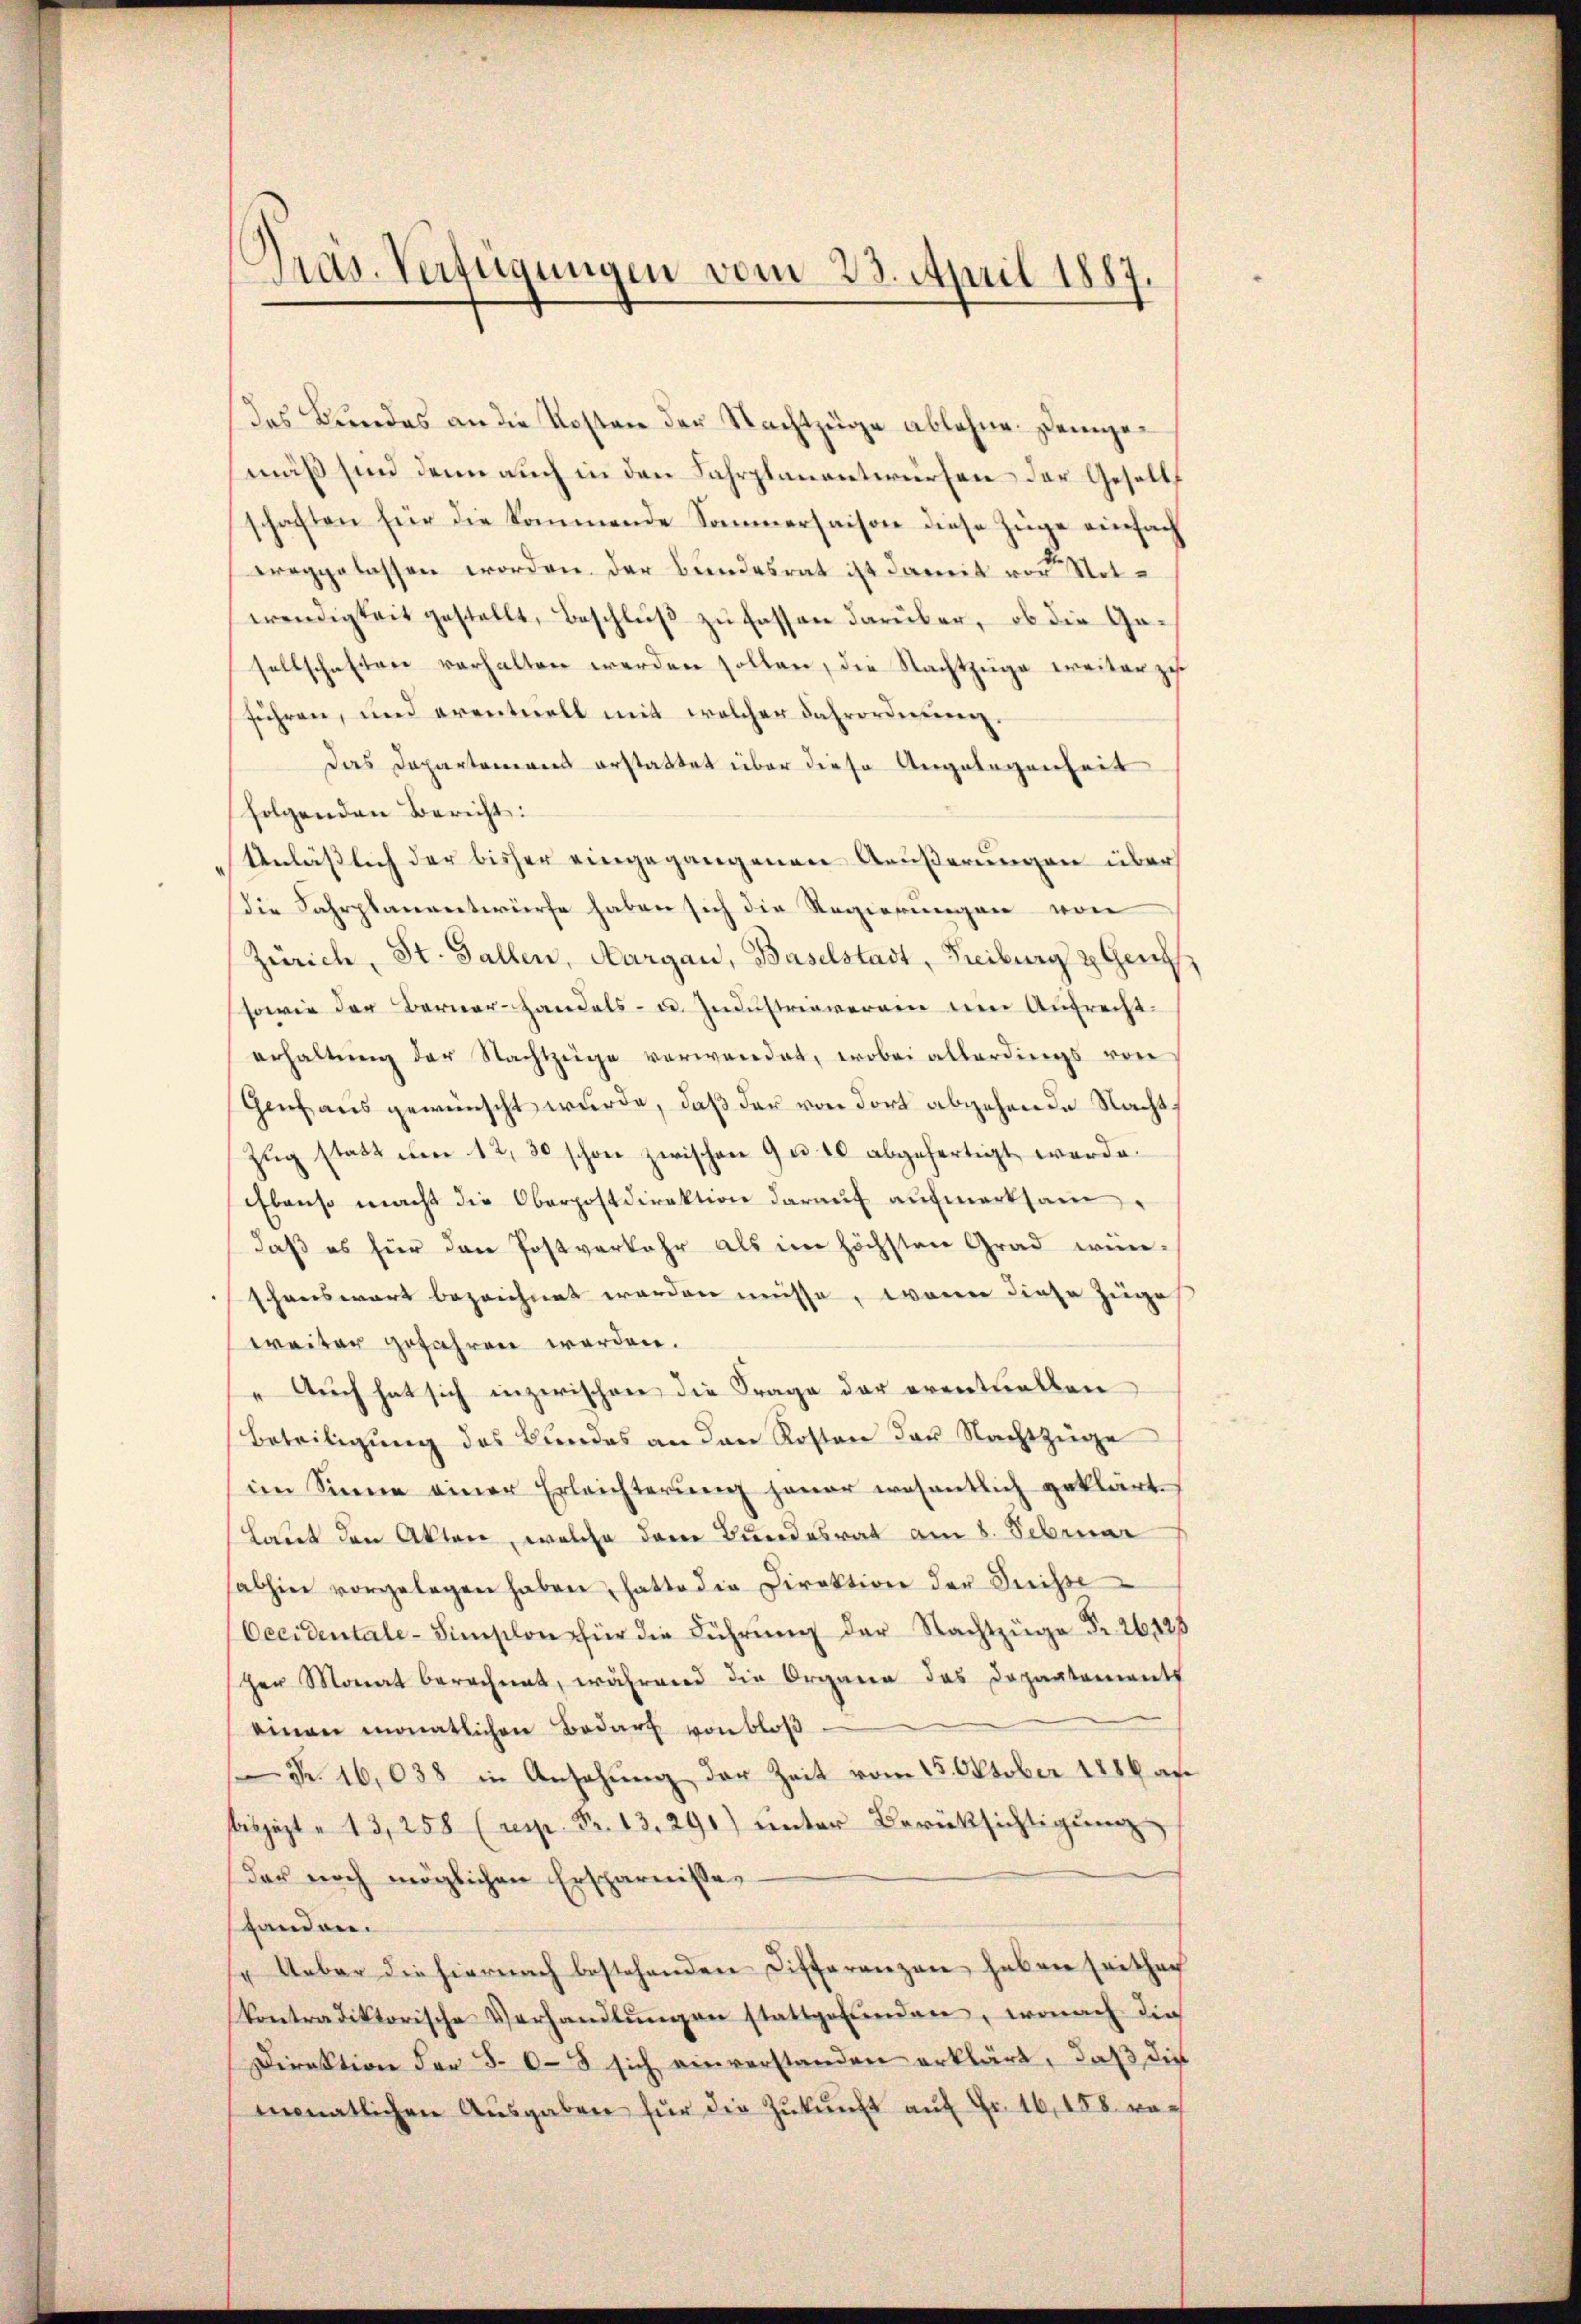
Pras. Verfügungen vom 23. April 1887
I

das Bundes an die Kosten der Nachtzüge ablehne. Demgemäß sind denn auch in den Fahrplanentwürfen der Gesells
schaften für die kommende Sommerhaison diese Züge einfach
ereggelassen worden der Bundesrat ist damit von Notwendigkeit gestellt, Beschluß zu fassen darüber, ob die Gesellschaften verhalten werden sollen, die Nachtzuge weiter zu
führen, und eventuell mit welcher Fahrordnung.
Das Departenirens erstattet über diese Angelegenheit
folgenden Bericht:
Anlässlich der bisher eingegangenen Äußerungen über
Die Fahrplanentwürfe haben sich die Regierungen von
Zürich, St. Gallen, Aargau, Baselstadt, Freiburg & Gen
sowie der Berner-Handels- u. Industriaverain um Aufrecht.
erhaltŭng der Nachtzüge verwandet, wobei allerdings von
Genf aus gewünscht wurde, daß der von dort abgehende Nacht,
Zug statt um 12, 30 schon zwischen 9 u. 10 abgefertigt werde.
Ebenso macht die Oberpostdirektion daraŭf aŭfmerksam
daß es für den Postverkehr als im höchsten Grad wünschenswart bezeichnet worden müsse, wenn diese Zuges
weiter gefahren werden.
" Auch hat sich inzwischen die Frage der eventuellen
Beteiligung des Bundes an den Roston der Nachtzinge
im Sinne einer Erleichterung jener wesentlich geklärt.
Laut den Akten, welche den Bundesrat am 8. Februar
abhin vorgelegen haben, hatte die Direktion der Serisse
Occidentale-Simschon für die Führŭng der Nachtzüge Fr. 26125
her Monat berechnet, während die Organen das Departements
einen monatlichen Bedarf von bloß
Nr. 16,038 in Ansehung der Zeit vom 15. Oktober 1886 au
bisjezt " 13, 258 (resp. Fr. 13. 291) unter Berücksichtigung
Der noch möglichen Ersparnisses
standen.
" Ueber die hiernach bestehenden Differenzen haben seithaf
Kontradiktorische Verhandlŭngen stattgefŭnden, wonach dies
Direktion der 30- sich einverstanden erklärt, daß die
monatlichen Aŭsgaben für die Zŭkŭnft aŭf Fr. 16, 158 ra¬